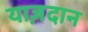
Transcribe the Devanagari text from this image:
याज़दान